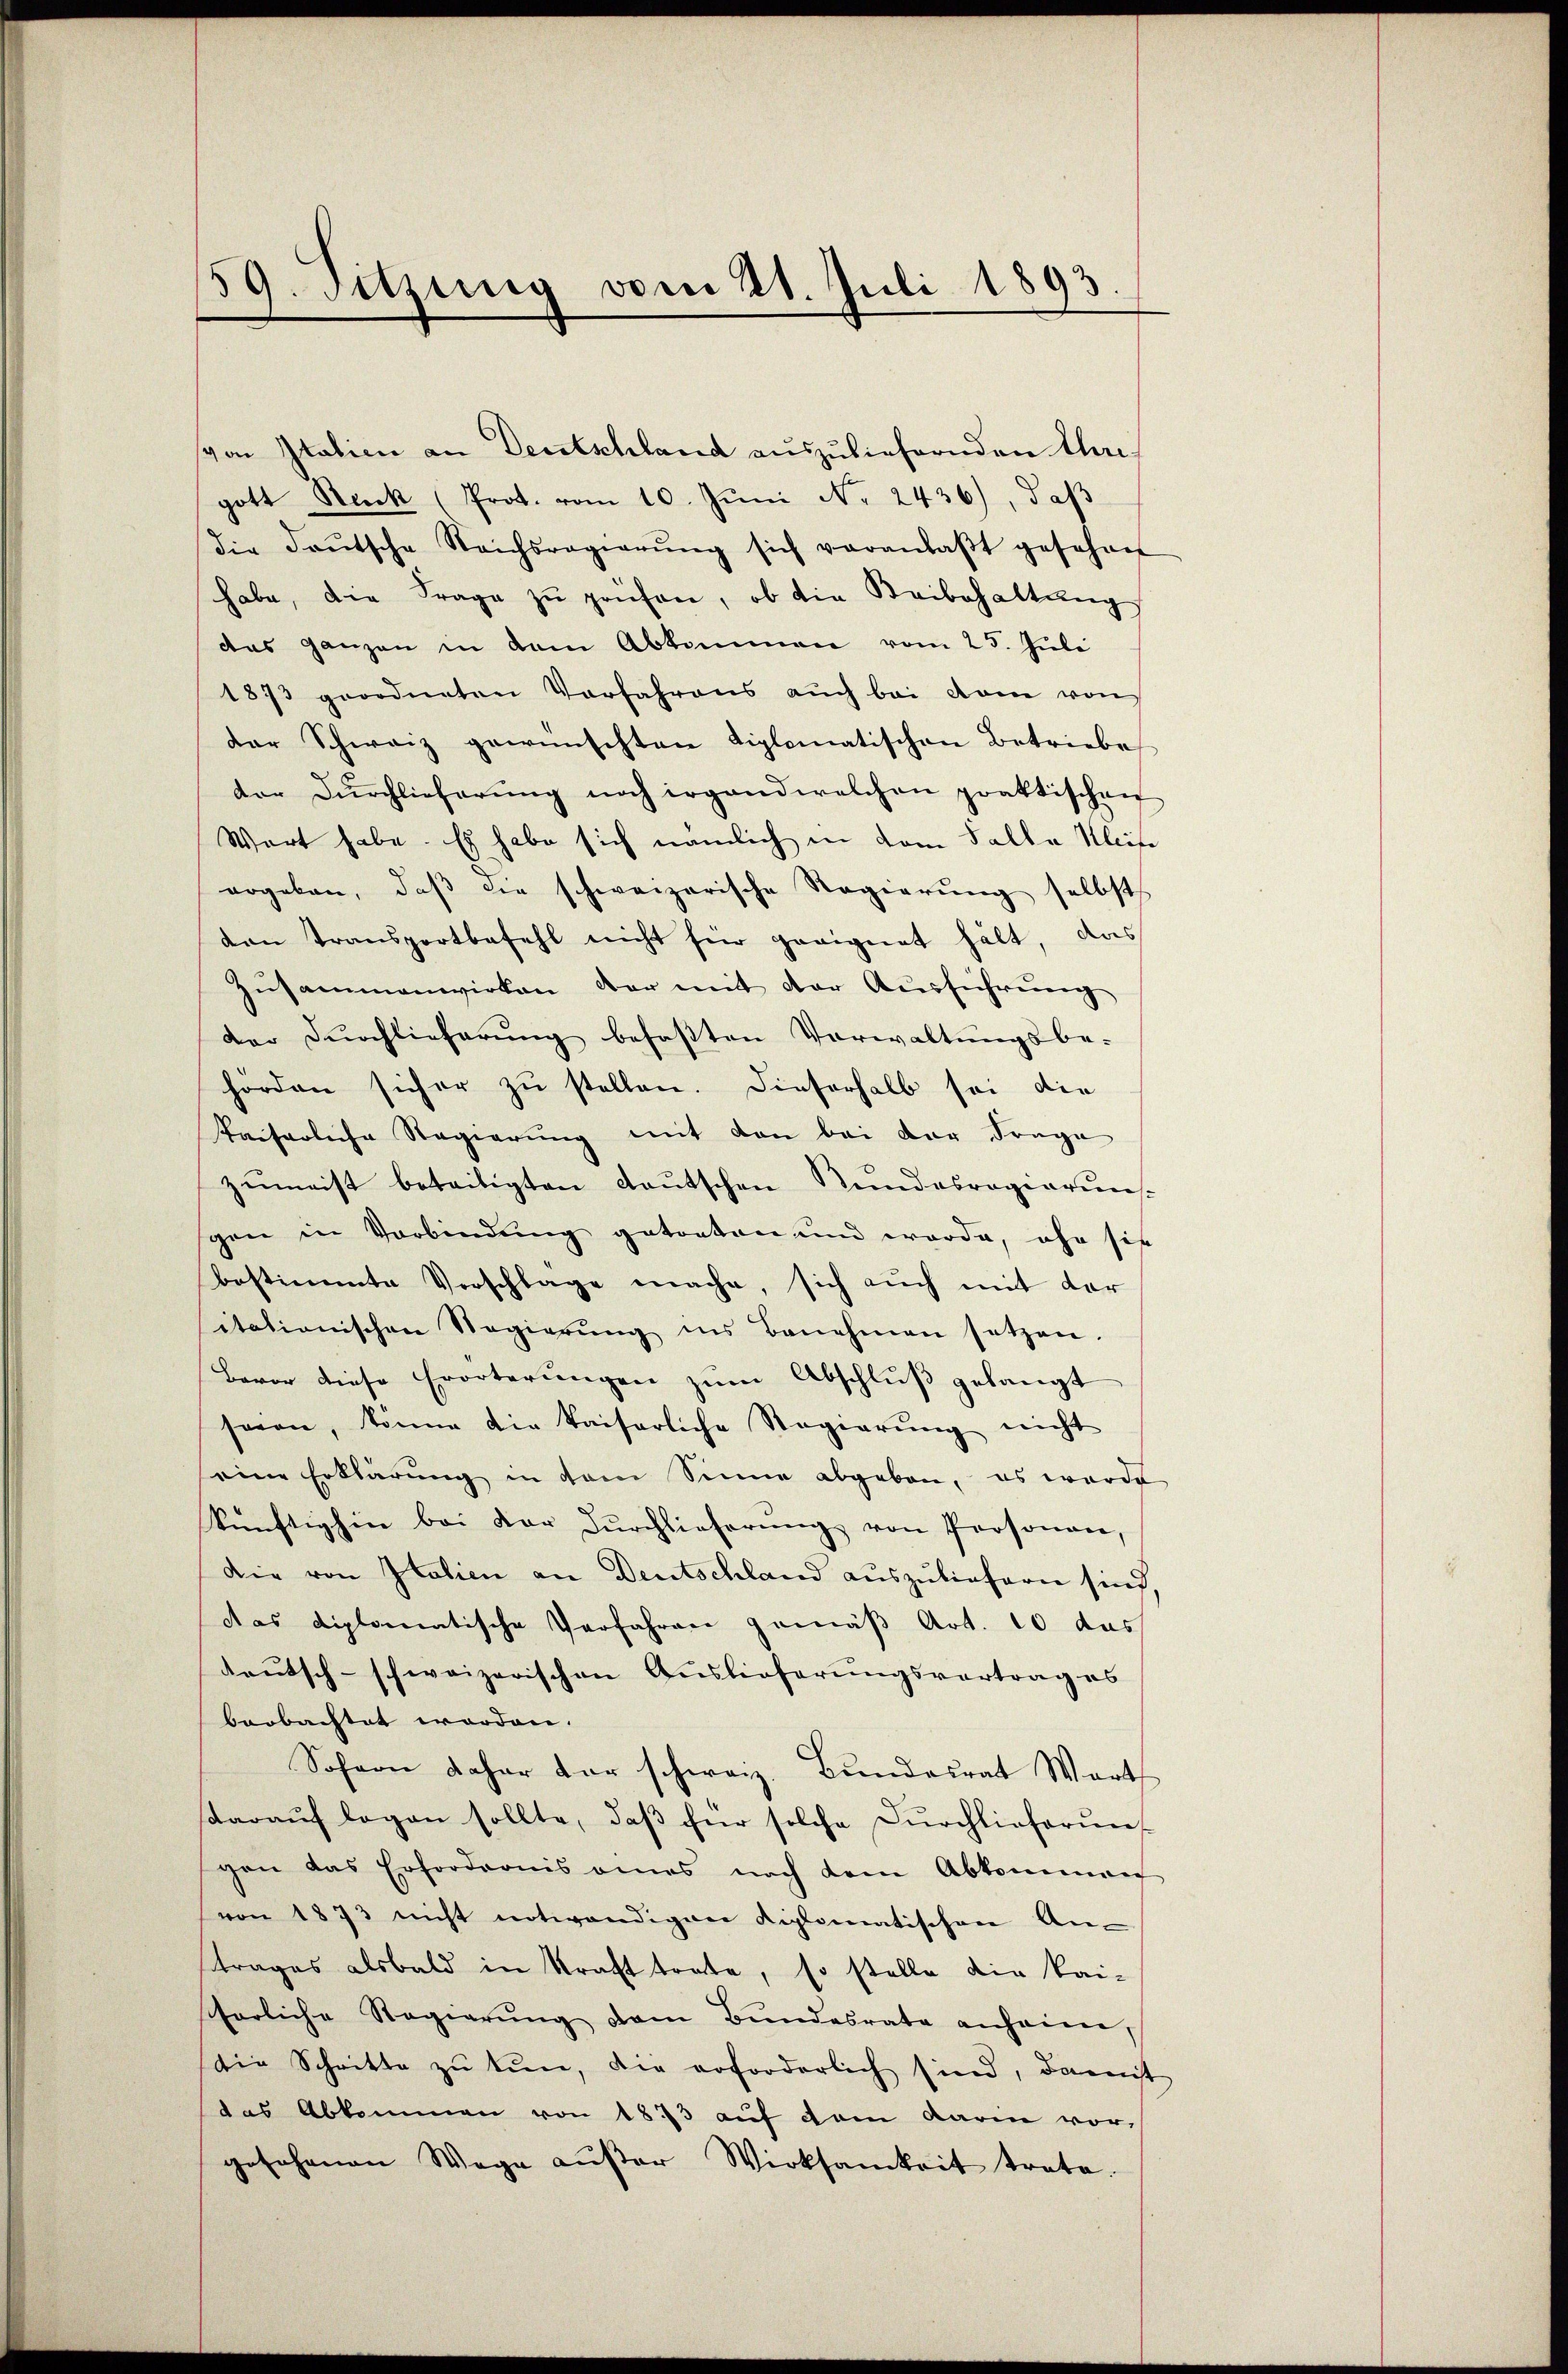
59. Sitzung vom 21. Juli 1893.

von Italien an Deutschland auszuliefernden Ihregott Beck (Prot. vom 10. Jŭni Nr. 2436), daβ
die deŭtsche Reichsregierŭng sich veranlaβt gesehen
habe, die Frage zu prüfen, ob die Beibehaltung
das ganzen in dem Abkommen vom 25. Juli
1873 geordneten Vorfahrens auch bei dem von
der Schweiz gewünschten diplomatischen Betriebes
der Dŭrchlieferŭng noch irgend welchen praktischen
Wart habe. Es habe sich nämlich in dem Falle Kleise
ergeben, daβ die schweizerische Regierung selbsts
den Transportbefehl nicht für geeignet hält, das
Zusammenwirken der mit der Ausführung
der Durchlieferung befaßten Verwaltungsbe-
hörden sicher zu stellen. Dieserhalb sei die
Paiserliche Regierŭng mit den bei der Frage
zumeist beteiligten deutschen Kundesregierunsgen in Verbindung getreten und worde, ihn sie
bestimmte Verschlage mache, sich auch mit der
itationischen Regierŭng in Benehmen setzen.
Bevor diese Erörterungen zum Abschluß gelangt
seien, könne die kaiserliche Regierŭng nicht
eine Erklärung in dem Sinne abgeben, es werde
künftighin bei der Dŭrchlieferŭng von Personen,
Die von Italien an Deutschland auszuliefern sind
das diplomatische Verfahren gemäß Art. 10 das
deutsch-schweizerischen Auslieferungsvertrag es
beobachtet worden.
Sofern daher der schwarz. Bundesrat Wort
daraŭf legen sollte, daβ für solche Dŭrchlieferungen das Erfordernis eines nach dem Abkommen
von 1873 nicht notwendigen diplomatischen An-
trages alsbald in Kraft trate, so stelle die kai-
fhörliche Regierŭng dem Bŭndesrate anheine,
die Schritte zŭ tŭn, die erforderlich sind, damit
das Abkommen von 1873 auf dem darin vorgesehenen Wege aŭβer Wirksamkeit trate.